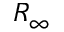
R _ { \infty }